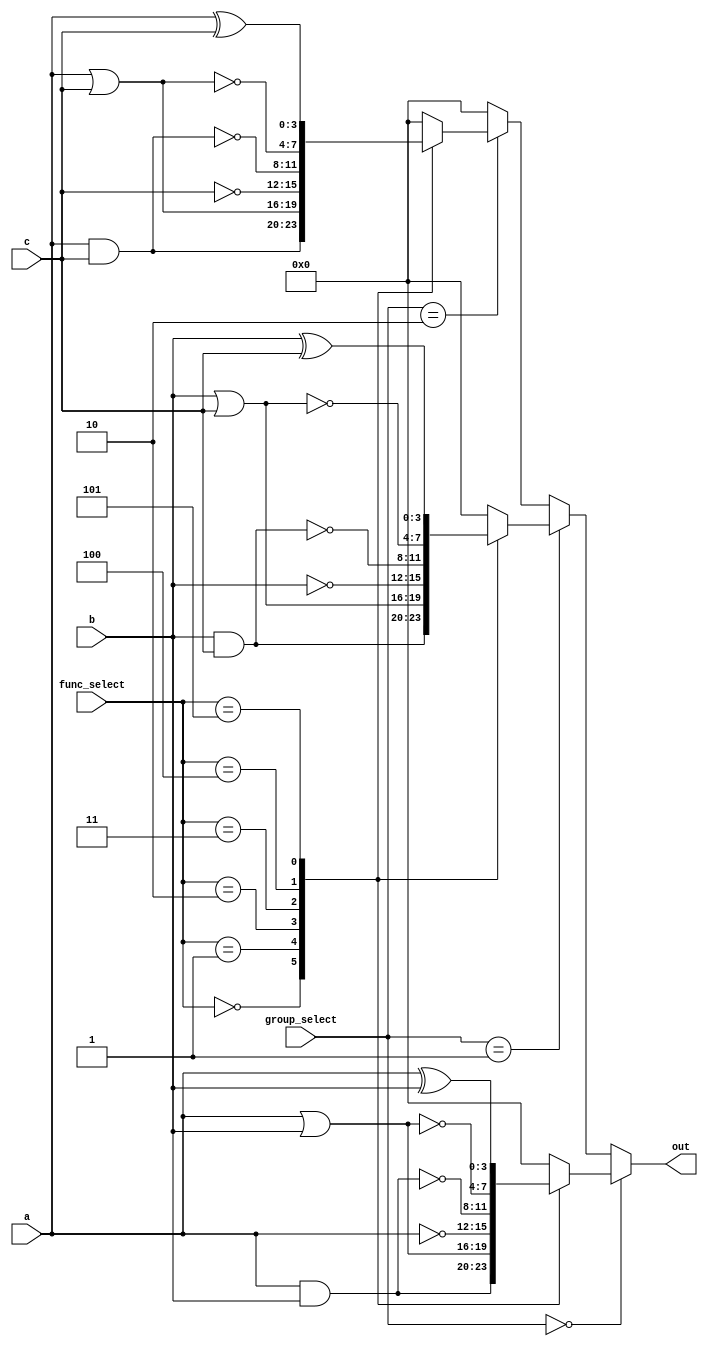
module AdjacencyGroups (
    input wire [3:0] a,      // Group 1 inputs
    input wire [3:0] b,      // Group 2 inputs
    input wire [3:0] c,      // Group 3 inputs
    input wire [1:0] group_select, // Control signals to select group
    input wire [2:0] func_select,  // Control signals to select logic function
    output wire [3:0] out       // Output from the selected group
);

// Internal wires for group outputs
wire [3:0] group1_out;
wire [3:0] group2_out;
wire [3:0] group3_out;

// Logic functions for Group 1
always @* begin
    case(func_select)
        3'b000: group1_out = a & b;         // AND
        3'b001: group1_out = a | b;         // OR
        3'b010: group1_out = ~a;            // NOT
        3'b011: group1_out = ~(a & b);      // NAND
        3'b100: group1_out = ~(a | b);      // NOR
        3'b101: group1_out = a ^ b;         // XOR
        default: group1_out = 4'b0000;      // Default
    endcase
end

// Logic functions for Group 2
always @* begin
    case(func_select)
        3'b000: group2_out = b & c;         // AND
        3'b001: group2_out = b | c;         // OR
        3'b010: group2_out = ~b;            // NOT
        3'b011: group2_out = ~(b & c);      // NAND
        3'b100: group2_out = ~(b | c);      // NOR
        3'b101: group2_out = b ^ c;         // XOR
        default: group2_out = 4'b0000;      // Default
    endcase
end

// Logic functions for Group 3
always @* begin
    case(func_select)
        3'b000: group3_out = a & c;         // AND
        3'b001: group3_out = a | c;         // OR
        3'b010: group3_out = ~c;            // NOT
        3'b011: group3_out = ~(a & c);      // NAND
        3'b100: group3_out = ~(a | c);      // NOR
        3'b101: group3_out = a ^ c;         // XOR
        default: group3_out = 4'b0000;      // Default
    endcase
end

// Output Multiplexer to select output from the active group
assign out = (group_select == 2'b00) ? group1_out :
             (group_select == 2'b01) ? group2_out :
             (group_select == 2'b10) ? group3_out :
             4'b0000; // Default output

endmodule